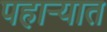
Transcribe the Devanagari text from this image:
पहार्‍यात